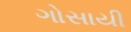
ગોસાયી